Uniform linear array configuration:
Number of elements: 32
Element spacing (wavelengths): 0.25
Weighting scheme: hann
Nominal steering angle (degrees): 0
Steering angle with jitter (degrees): -1.219
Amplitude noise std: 0.05
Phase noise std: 0.05

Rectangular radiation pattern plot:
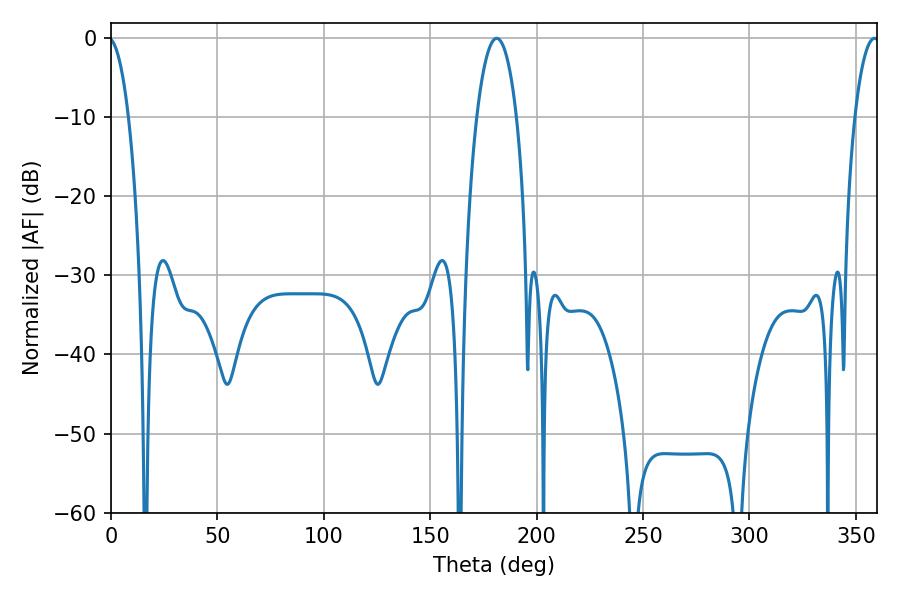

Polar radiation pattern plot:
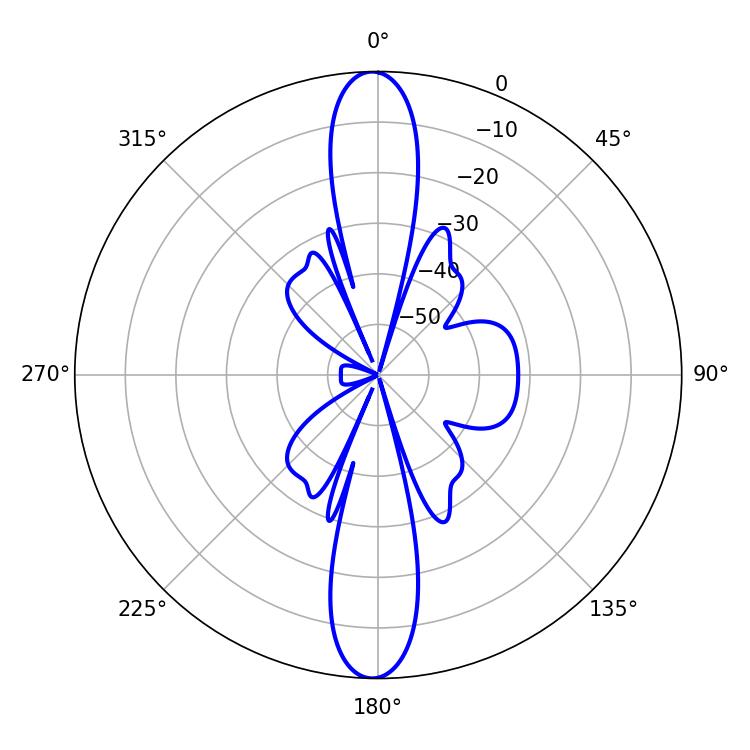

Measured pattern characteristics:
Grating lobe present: FALSE
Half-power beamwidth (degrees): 10.44
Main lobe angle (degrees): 181.26